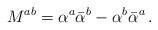
LaTeX: \begin{align*}M^{ab}=\alpha^a\bar{\alpha}^b-\alpha^b\bar{\alpha}^a\,.\end{align*}